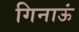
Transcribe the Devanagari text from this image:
गिनाऊं